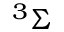
^ 3 \Sigma